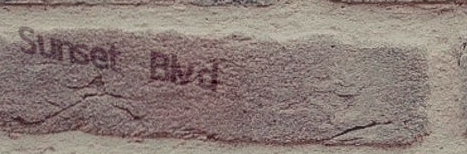
Sunset Blvd